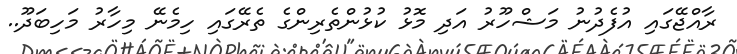
ރާއްޖޭގައި އުފެދުނު މަޝްހޫރު އަދި މޮޅު ކުޅުންތެރިންގެ ތެރޭގައި ހިމެނޭ މިހާރު މަހިބަދޫ..